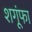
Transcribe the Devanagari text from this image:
शगूंफा